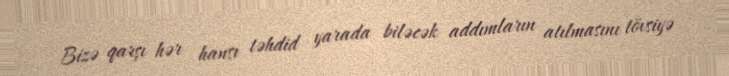
Bizə qarşı hər hansı təhdid yarada biləcək addımların atılmasını tövsiyə